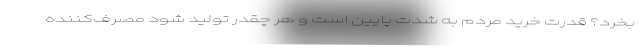
بخرد؟ قدرت خرید مردم به شدت پایین است و هر چقدر تولید شود مصرف‌کننده